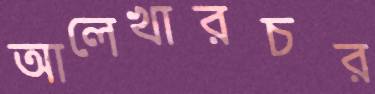
আলেখারচর